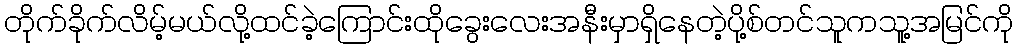
တိုက်ခိုက်လိမ့်မယ်လို့ထင်ခဲ့ကြောင်းထိုခွေးလေးအနီးမှာရှိနေတဲ့ပို့စ်တင်သူကသူ့အမြင်ကို